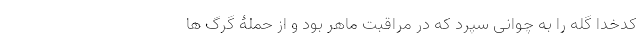
کدخدا گله را به چوانی سپرد که در مراقبت ماهر بود و از حملۀ گرگ ها